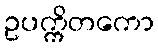
ဥပက္ကိတကော